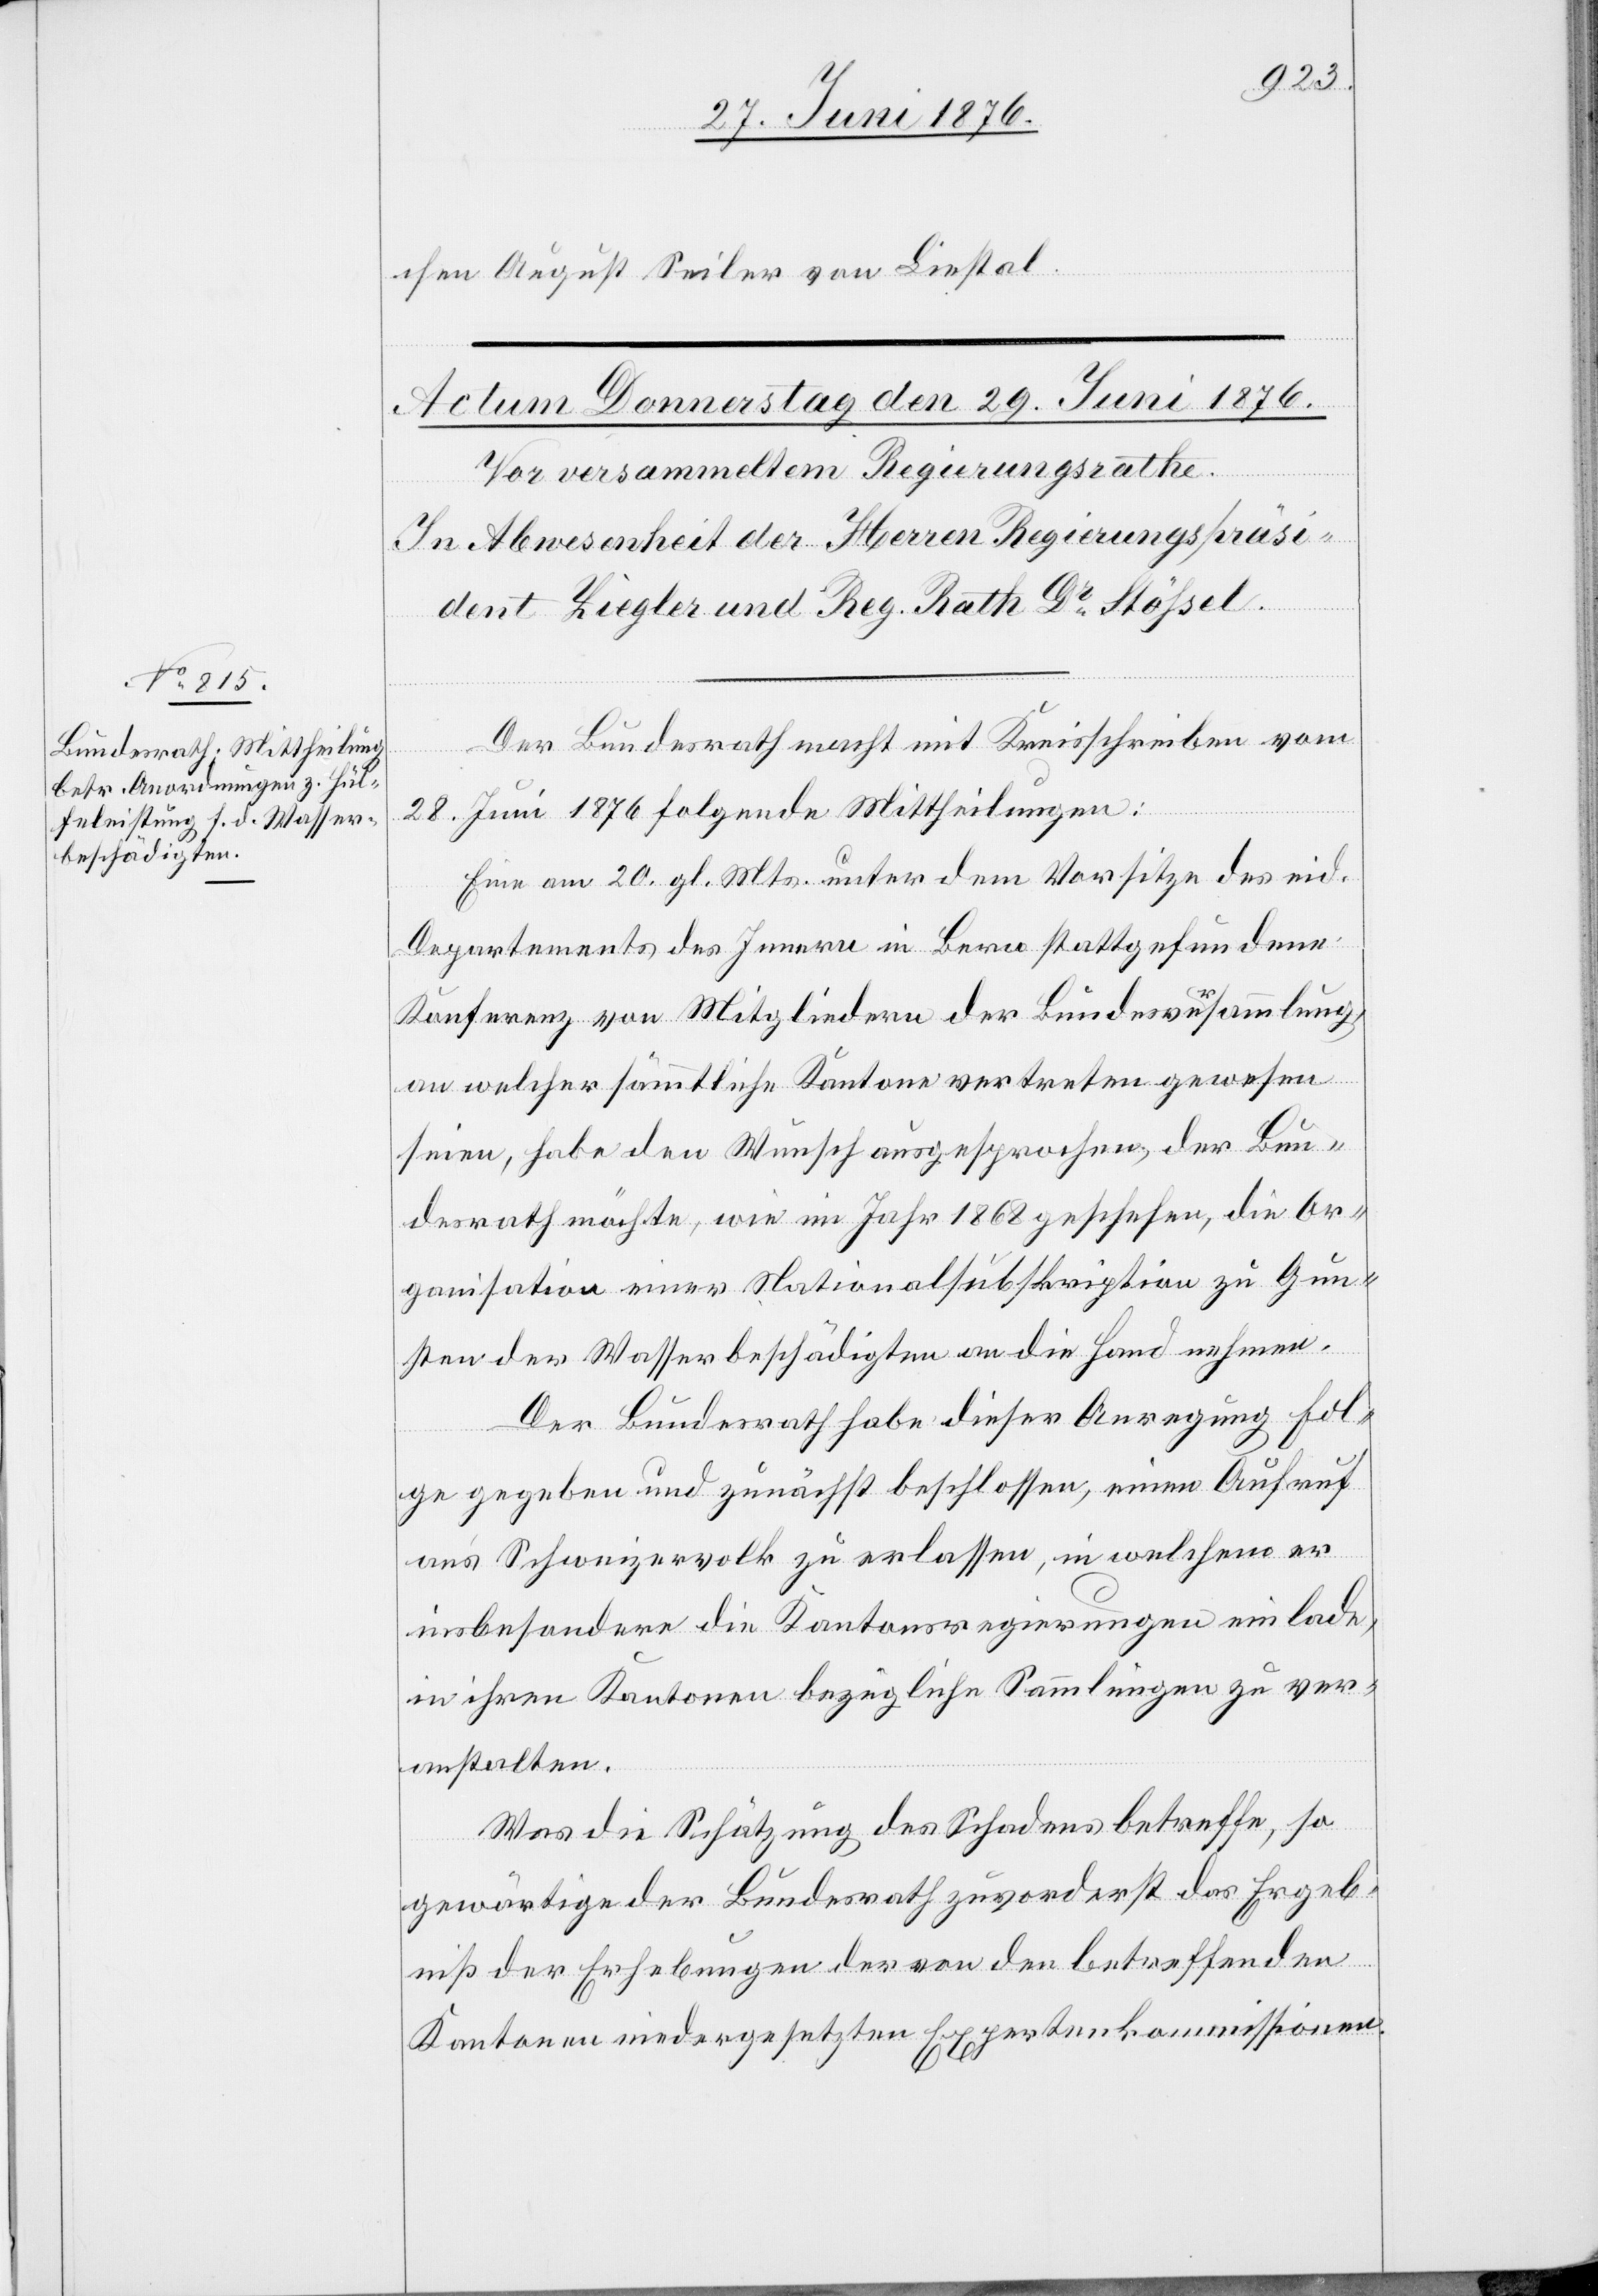
chen August Seilen von Liestal.
Der Bundesrath macht mit Kreisschreiben vom
28. Juni 1876 folgende Mittheilungen:
Eine am 20 gl. Mts. unter dem Vorsitze des eid.
Departements des Innern in Bern stattgefundene
Konferenz von Mitgliedern der Bundesversammlung
an welcher sämmtliche Kantone vertreten gewesen
seien, habe den Wunsch ausgesprochen, der Bun¬
desrath möchte, wie im Jahr 1868 geschehen, die Or¬
ganisation einer Nationalsubskription zu Gun¬
sten der Wasserbeschädigten an die Hand nehmen.
Der Bundesrath habe dieser Anregung Fol¬
ge gegeben und zunächst beschlossen, einen Aufruf
an’s Schweizervolk zu erlassen in welchem er
insbesondere die Kantonsregierungen einlade,
in ihren Kantonen bezügliche Sammlungen zu ver¬
anstalten.
Was die Schätzung des Schadens betreffe, so
gewärtige der Bundesrath zuvorderst das Ergeb¬
niß der Erhebungen der von den betreffenden
Kantonen niedergesetzten Expertenkommissionen.